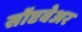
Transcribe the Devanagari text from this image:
सॉप्टवेअर